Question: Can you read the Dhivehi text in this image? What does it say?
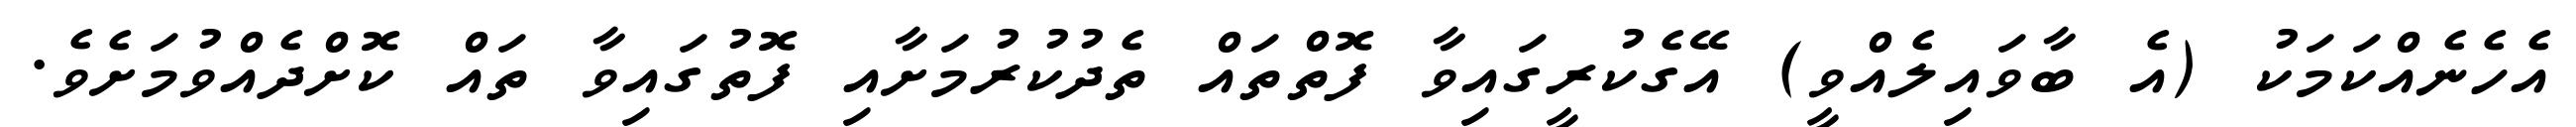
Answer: އެހެނެއްކަމަކު (އެ ބާވައިލެއްވީ) އޭގެކުރީގައިވާ ފޮތްތައް ތެދުކުރުމަށާއި ފޮތުގައިވާ ތައް ކޮށްދެއްވުމަށެވެ.